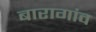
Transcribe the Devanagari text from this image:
बारागांव